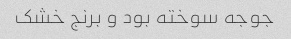
جوجه سوخته بود و برنج خشک